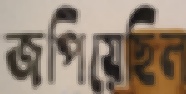
জপিয়েছিল